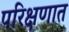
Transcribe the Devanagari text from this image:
परिक्षणात